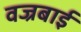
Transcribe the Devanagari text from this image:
वज्रबाई